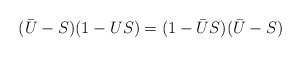
\begin{align*}(\bar{U}-S)(1-US)=(1-\bar{U}S)(\bar{U}-S)\end{align*}